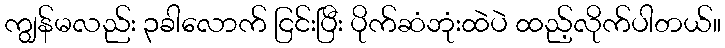
ကျွန်မလည်း ၃ခါလောက် ငြင်းပြီး ပိုက်ဆံဘုံးထဲပဲ ထည့်လိုက်ပါတယ်။